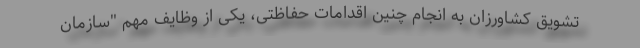
تشویق کشاورزان به انجام چنین اقدامات حفاظتی، یکی از وظایف مهم "سازمان